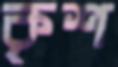
কৃশ